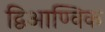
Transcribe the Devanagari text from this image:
द्विआण्विक